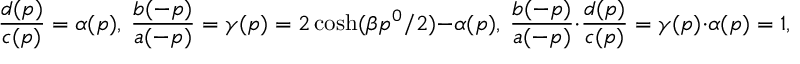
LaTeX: \frac { d ( p ) } { c ( p ) } = \alpha ( p ) , \ \frac { b ( - p ) } { a ( - p ) } = \gamma ( p ) = 2 \cosh ( \beta p ^ { 0 } / 2 ) - \alpha ( p ) , \ \frac { b ( - p ) } { a ( - p ) } \cdot \frac { d ( p ) } { c ( p ) } = \gamma ( p ) \cdot \alpha ( p ) = 1 ,